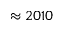
\approx 2 0 1 0